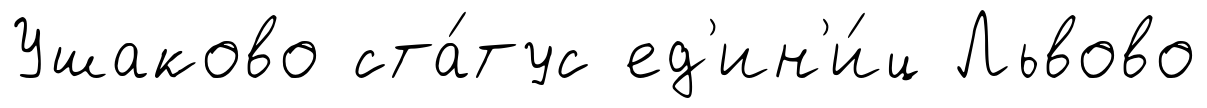
Ушаково ста́тус ед'ин'и́ц Львово